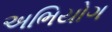
અભિયોગ